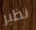
نظير